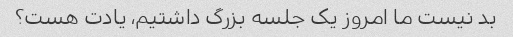
بد نیست ما امروز یک جلسه بزرگ داشتیم، یادت هست؟